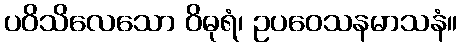
ပဝိသိလေသော ဝိဓုရံ၊ ဥပဝေသနမာသနံ။